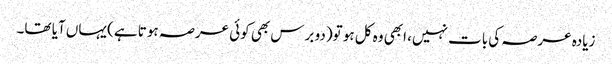
زیادہ عرصہ کی بات نہیں، ابھی وہ کل ہو تو(دو برس بھی کوئی عرصہ ہوتا ہے) یہاں آیا تھا۔